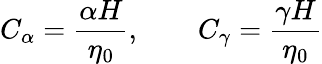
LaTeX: C_{\alpha}=\frac{\alpha H}{\eta_{0}},\qquad C_{\gamma}=\frac{\gamma H}{\eta_{0}}